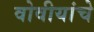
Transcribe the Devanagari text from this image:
वोवीयांचे